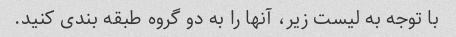
با توجه به لیست زیر، آنها را به دو گروه طبقه بندی کنید.